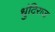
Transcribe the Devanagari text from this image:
धुंदिराज